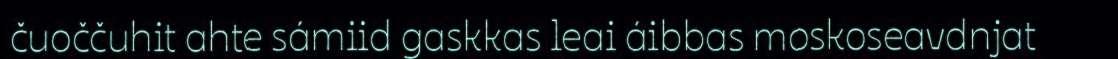
čuoččuhit ahte sámiid gaskkas leai áibbas moskoseavdnjat